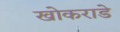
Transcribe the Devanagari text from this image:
खोकराडे